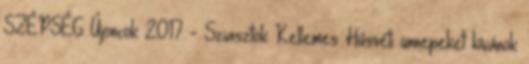
SZÉPSÉG Újoncok 2017 - Sziasztok Kellemes Húsvéti ünnepeket kívánok